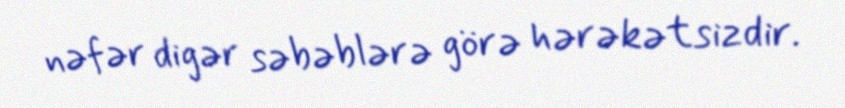
nəfər digər səbəblərə görə hərəkətsizdir.